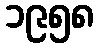
၁၉၅၈